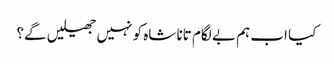
کیا اب ہم بے لگام تانا شاہ کو نہیں جھیلیں گے؟